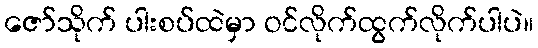
ဇော်သိုက် ပါးစပ်ထဲမှာ ဝင်လိုက်ထွက်လိုက်ပါပဲ။